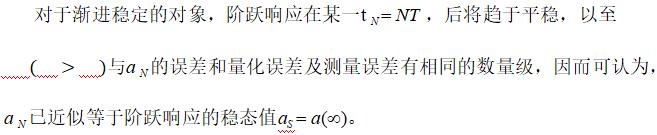
对于渐进稳定的对象，阶跃响应在某一\($t_N = NT$\)，后将趋于平稳，以至\($(~~~ > ~~~)$\)与\($a_N$\)的误差和量化误差及测量误差有相同的数量级，因而可认为，\($a_N$\)已近似等于阶跃响应的稳态值\($a_s = a(\infty)$\)。